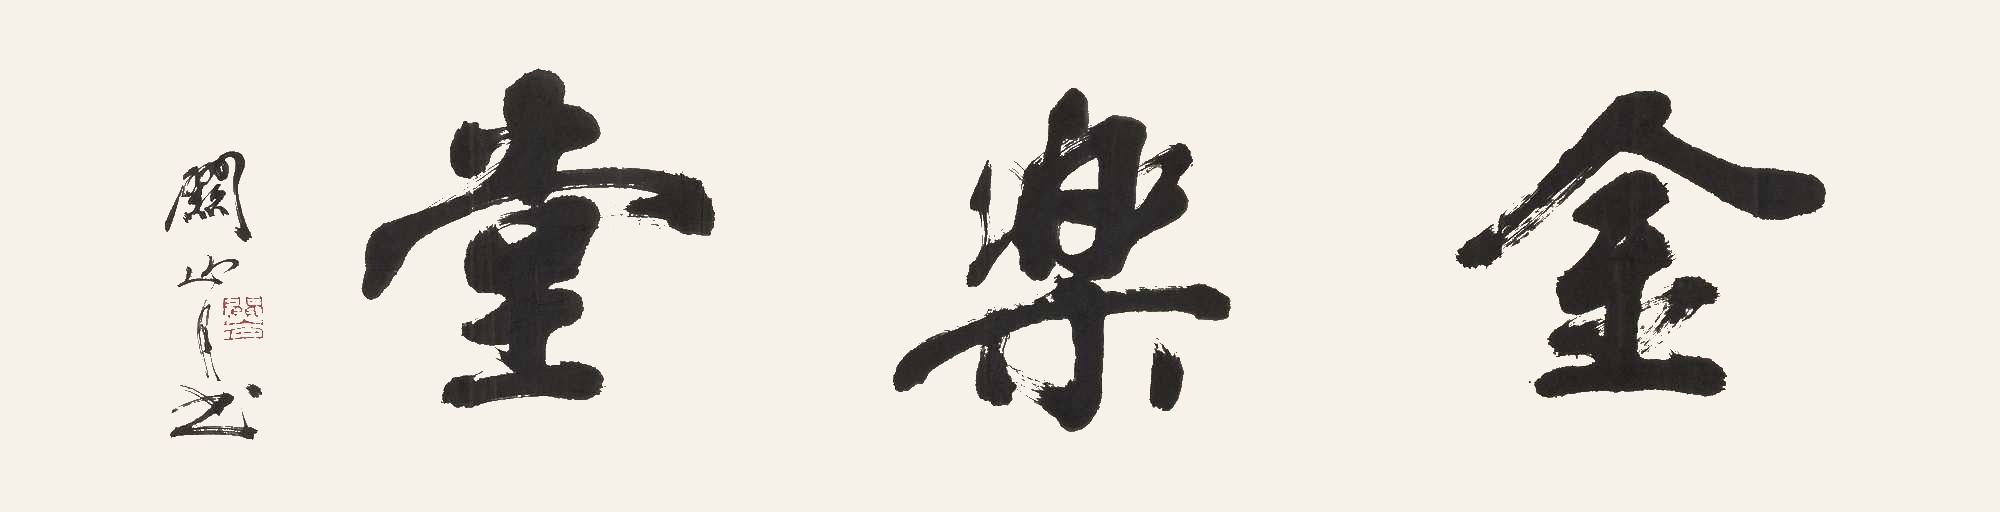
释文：金乐堂关山月书。